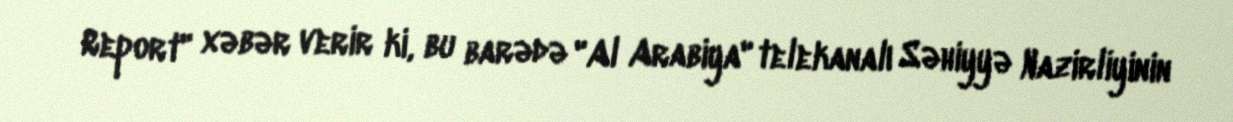
Report" xəbər verir ki, bu barədə "Al Arabiya" telekanalı Səhiyyə Nazirliyinin